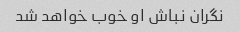
نگران نباش او خوب خواهد شد